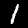
Digit: 1